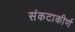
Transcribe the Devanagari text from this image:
संकटाकीर्ण